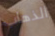
الذهاب